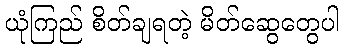
ယုံကြည် စိတ်ချရတဲ့ မိတ်ဆွေတွေပါ